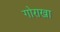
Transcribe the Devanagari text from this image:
गोराखा